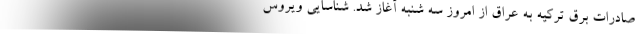
صادرات برق ترکیه به عراق از امروز سه شنبه آغاز شد. شناسایی ویروس